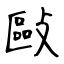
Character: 敺